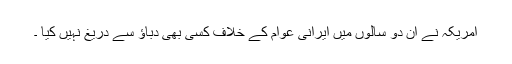
امریکہ نے ان دو سالوں میں ایرانی عوام کے خلاف کسی بھی دباؤ سے دریغ نہیں کیا ۔